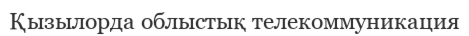
Қызылорда облыстық телекоммуникация